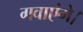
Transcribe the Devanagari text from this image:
गवाएंगे।